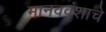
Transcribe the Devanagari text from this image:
मानववंशाचे